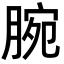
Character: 腕